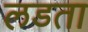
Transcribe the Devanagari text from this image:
लडता